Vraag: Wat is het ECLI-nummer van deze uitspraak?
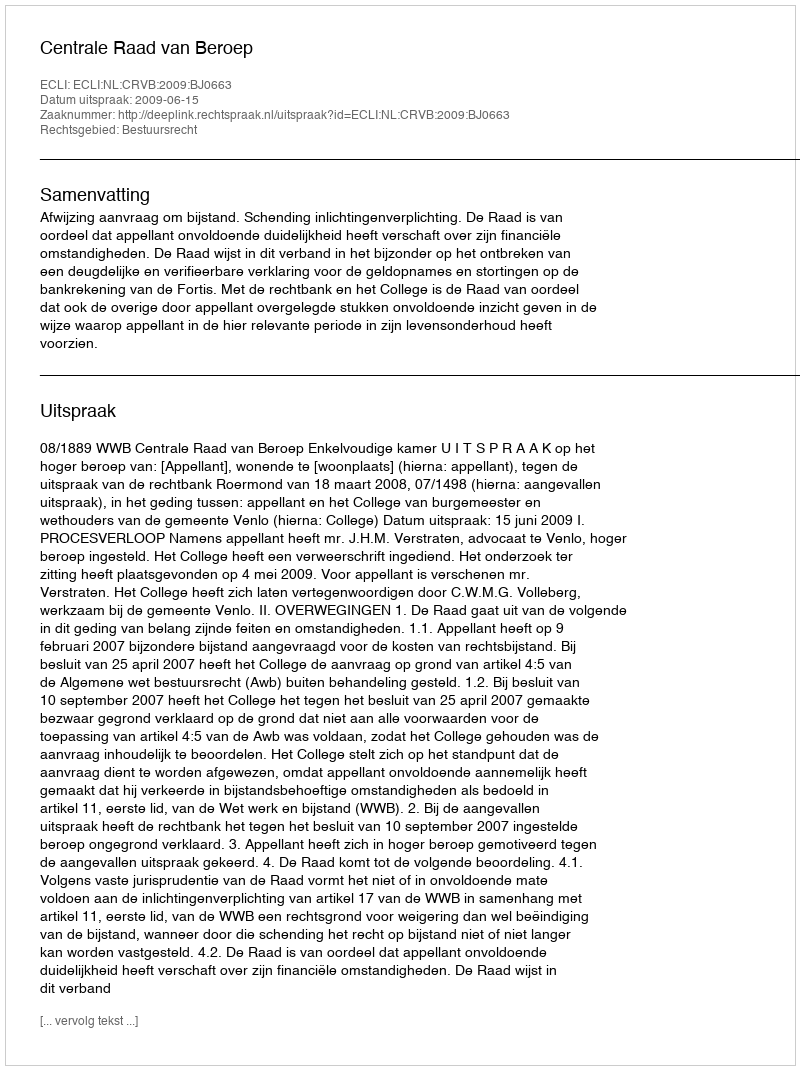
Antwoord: ECLI:NL:CRVB:2009:BJ0663